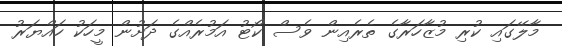
މާލޭގައި ކުރި މުޒާހަރާގެ ތެރެއިން ވެސް ކޯޓު އަމުރެއްގެ ދަށުން މީހަކު ހައްޔަރު